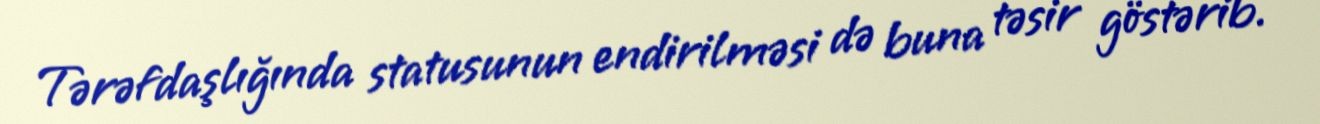
Tərəfdaşlığında statusunun endirilməsi də buna təsir göstərib.